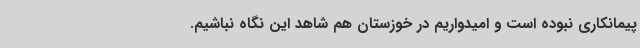
پیمانکاری نبوده است و امیدواریم در خوزستان هم شاهد این نگاه نباشیم.